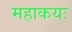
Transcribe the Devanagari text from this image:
महाकयः